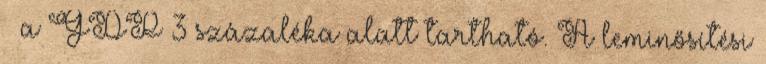
– a GDP 3 százaléka alatt tartható. A leminősítési